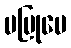
မပြုပေ